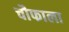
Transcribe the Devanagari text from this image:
चौफाला